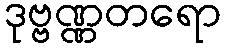
ဒုဗ္ဗဏ္ဏတရော